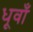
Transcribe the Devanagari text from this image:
धूवाँ